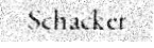
Schacker